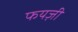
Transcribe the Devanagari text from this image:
फयज़ी